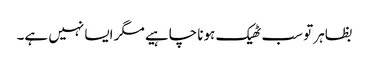
بظاہر تو سب ٹھیک ہونا چاہیے مگر ایسا نہیں ہے۔